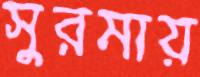
সুরমায়